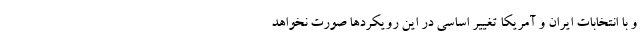
و با انتخابات ایران و آمریکا تغییر اساسی در این رویکرد‌ها صورت نخواهد